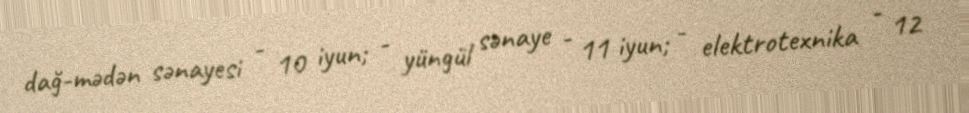
dağ-mədən sənayesi - 10 iyun; - yüngül sənaye - 11 iyun; - elektrotexnika - 12